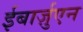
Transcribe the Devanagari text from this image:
ईबार्ज़ुएन